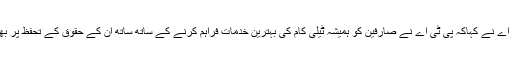
چیئرمین پی ٹی اے نے کہاکہ پی ٹی اے نے صارفین کو ہمیشہ ٹیلی کام کی بہترین خدمات فراہم کرنے کے ساتھ ساتھ ان کے حقوق کے تحفظ پر بھی زور دیا ہے۔